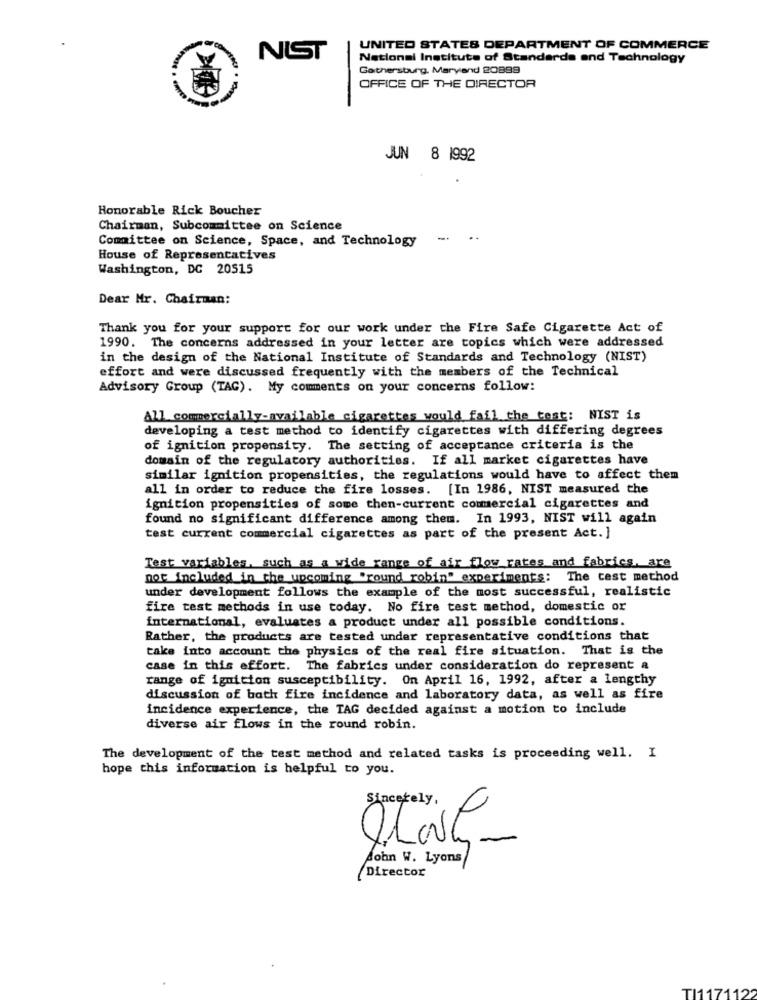
UNITED STATES DEPARTMENT OF COMMERCE
NIST
National Institute of Standards and Technology
Gaithersburg. Maryland 20899
OFFICE OF THE DIRECTOR
JUN 8 1992
Honorable Rick Boucher
Chairman, Subcommittee on Science
Committee on Science, Space, and Technology
- -
House of Representatives
Washington, DC 20515
Dear Mr. Chairman:
Thank you for your support for our work under the Fire Safe Cigarette Act of
1990. The concerns addressed in your letter are topics which were addressed
in the design of the National Institute of Standards and Technology (NIST)
effort and were discussed frequently with the members of the Technical
Advisory Group (TAG). My comments on your concerns follow:
All commercially-available cigarettes would fail the test: NIST is
developing a test method to identify cigarettes with differing degrees
of ignition propensity. The setting of acceptance criteria is the
domain of the regulatory authorities. If all market cigarettes have
similar ignition propensities, the regulations would have to affect them
all in order to reduce the fire losses.
[In 1986, NIST measured the
ignition propensities of some then-current commercial cigarettes and
found no significant difference among them. In 1993, NIST will again
test current commercial cigarettes as part of the present Act. ]
Test variables, such as a wide range of air flow rates and fabrics, are
not included in the upcoming 'round robin" experiments: The test method
under development follows the example of the most successful, realistic
fire test methods in use today. No fire test method, domestic or
international, evaluates a product under all possible conditions.
Rather, the products are tested under representative conditions that
take into account the physics of the real fire situation. That is the
case in this effort. The fabrics under consideration do represent a
range of ignition susceptibility. On April 16, 1992, after a lengthy
discussion of bath fire incidence and laboratory data, as well as fire
incidence experience, the TAG decided against a motion to include
diverse air flows in the round robin.
The development of the test method and related tasks is proceeding well. I
hope this information is helpful to you.
Sincerely,
0
-
2
John W. Lyons
Director
TI1171122